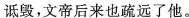
诋毁,文帝后湿也疏远了他。